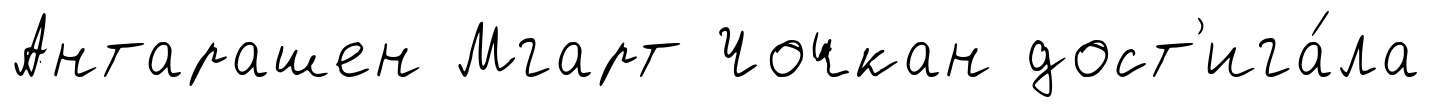
Антарашен Мгарт Чочкан дост'ига́ла